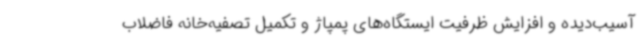
آسیب‌دیده و افزایش ظرفیت ایستگاه‌های پمپاژ و تکمیل تصفیه‌خانه فاضلاب